Annual administration report of the Civil Veterinary Department of India - 1904-1905
Year: 1904
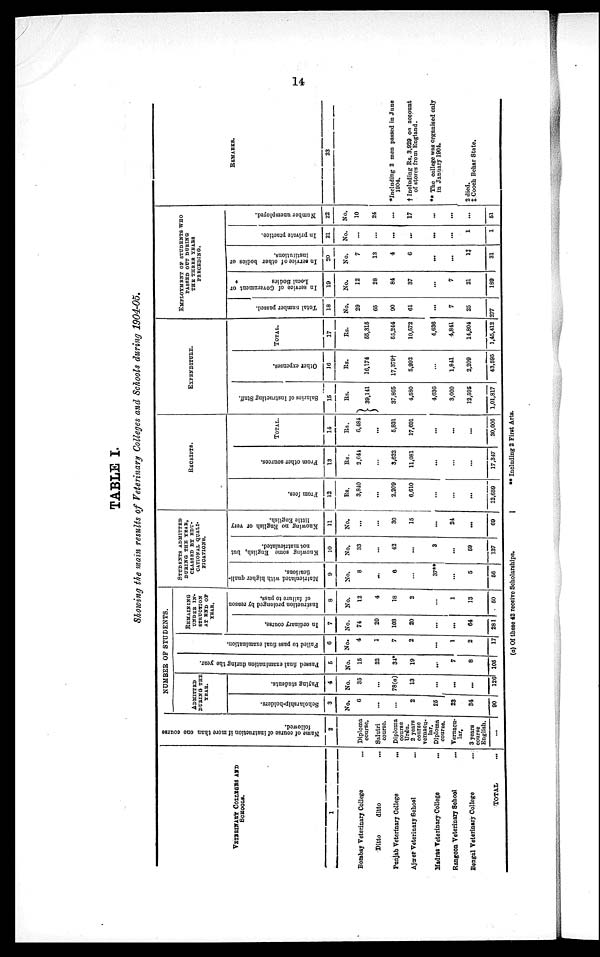
14
TABLE I.
Showing the main results of Veterinary Colleges and Schools during 1904-05.
VETERINARY COLLAGES AND
SCHOOLS.
1
Bombay Veterinary College ...
Ditto
ditto ...
Punjab Veterinary College
...
Ajmer Veterinary School ...
Madras Veterinary College ...
Rangoon Veterinary School ...
Bengal Veterinary College ...
TOTAL ...
Name of course of instruction if more than one course
followed.
2
Diploma
course.
Salutri
course.
Diploma
course
Urdu.
2 years
course
vernacu-
lar.
Diploma
course.
Vernacu-
lar.
3 years
course
English.
...
NUMBER OF STUDENTS.
ADMITTED
DURING THE
YEAR.
Scholarship-holders.
3
No.
6
...
...
2
25
23
34
90
Paying students.
4
No.
35
...
78(a)
13
...
...
...
126
Passed final examination during the year.
5
No.
15
22
34*
19
...
7
8
105
Failed to pass final examination.
6
No.
4
1
7
2
...
1
2
17
REMAINING
UNDER IN¬
STRUCTION
AT END OF
YEAR.
In ordinary course.
7
No.
74
20
103
20
...
...
64
281
Instruction prolonged by reason
of failure to pass.
8
No.
12
4
18
2
...
1
13
50
STUDENTS ADMITTED
DURING THE YEAR,
CLASSED BY EDU-
-------- QUALI-
---------.
Matriculated with higher quali-
fications.
9
No.
8
...
6
...
37**
...
5
56
Knowing some English, but
not matriculated.
10
No.
33
...
42
...
3
...
59
137
Knowing no English or very
little English.
11
No.
...
...
30
15
...
24
...
69
RECEIPTS.
From fees.
12
Rs.
3,840
...
2,209
6,610
...
...
...
12,659
From other sources.
13
Rs.
2,641
...
3,622
11,081
...
...
...
17,347
TOTAL.
14
Rs.
6,484
...
5,831
17,601
...
...
...
30,006
EXPENDITURE.
Salaries of Instructing Staff.
15
Rs.
39,141
37,865
4,580
4,636
3,000
12,595
1,01,817
Other expenses.
16
Rs.
16,174
17,379†
5,992
...
1,841
2,209
43,595
TOTAL.
17
Rs.
55,315
55,244
10,572
4,636
4,841
14,804
1,45,412
EMPLOYMENT OF STUDENTS WHO
PASSED OUT DURING
THE THREE YEARS
PRECEDING.
Total number passed.
18
No.
29
65
90
61
...
7
25
277
In service of Government or
Local Bodies
19
No.
12
28
84
37
...
7
21
189
In service of other bodies or
institutions.
20
No.
7
13
4
6
...
...
1‡
31
In private practice.
21
No.
...
...
...
...
...
...
1
1
Number unemployed.
22
No.
10
24
...
17
...
...
...
51
REMARKS.
23
*Including 2 men passed in June
1904.
† Including Rs. 3,929 on account
of stores from England.
** The college was organised only
in January 1904.
2 died.
‡ Cooch Behar State.
(a) Of these 42 receive Scholarships.
|
**
Including 2 First Arts.